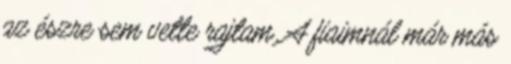
az észre sem vette rajtam. A fiaimnál már más